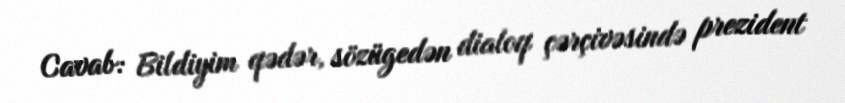
Cavab: Bildiyim qədər, sözügedən dialoq çərçivəsində prezident